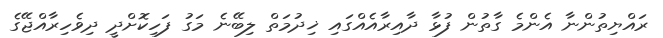
ރައްޔިތުންނާ އެންމެ ގާތުން ފުޅާ ދާއިރާއެއްގައި ޚިދުމަތް ލިބޭނެ މަގު ފަހިކޮށްދީ ދިވެހިރާއްޖޭގެ